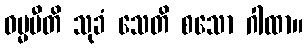
ဓမ္မပီတိ သုခံ သေတိ စသော ဂါထာ။